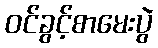
ဝင်ခွင့်စာမေးပွဲ